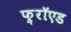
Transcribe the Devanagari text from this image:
फ़्रॉएड